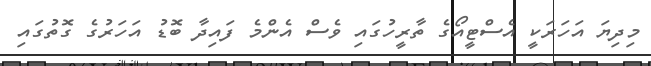
މިދިޔަ އަހަރަކީ އެސްޓީއޯގެ ތާރީހުގައި ވެސް އެންމެ ފައިދާ ބޮޑު އަހަރުގެ ގޮތުގައި